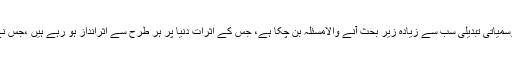
دنیا میں دہشت گردی اور عالمی معاشی اتار چڑھاؤ کے ساتھ ماحولیاتی آلودگی اور موسمیاتی تبدیلی سب سے زیادہ زیر بحث آنے والامسئلہ بن چکا ہے، جس کے اثرات دنیا پر ہر طرح سے اثرانداز ہو رہے ہیں ،جس نے سائنسدانوں اور ماہرین کو ممکنہ حل کے لئے ایک جگہ بیٹھنے پر مجبور کیا ہے ۔